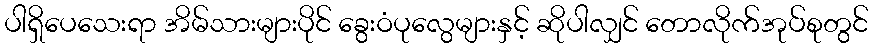
ပါရှိပေသေးရာ အိမ်သားများပိုင် ခွေးဝံပုလွေများနှင့် ဆိုပါလျှင် တောလိုက်အုပ်စုတွင်